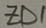
Text: ZD1